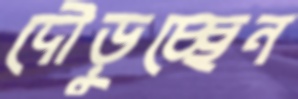
দৌড়ুচ্ছেন